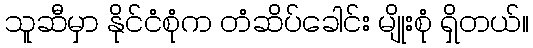
သူဆီမှာ နိုင်ငံစုံက တံဆိပ်ခေါင်း မျိုးစုံ ရှိတယ်။